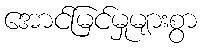
အောင်မြင်မှုများစွာ